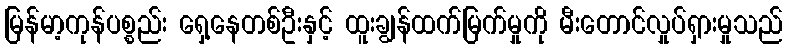
မြန်မာ့ကုန်ပစ္စည်း ရှေ့နေတစ်ဦးနှင့် ထူးချွန်ထက်မြက်မှုကို မီးတောင်လှုပ်ရှားမှုသည်